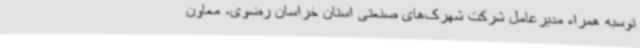
توسبه همراه مدیرعامل شرکت شهرک‌های صنعتی استان خراسان رضوی، معاون